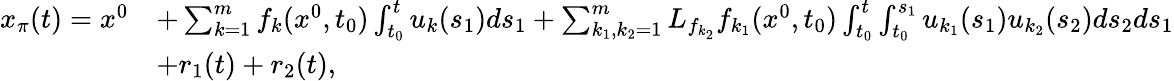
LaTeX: \begin{array}{rl}{x_{\pi}(t)=x^{0}}&{+\sum_{k=1}^{m}f_{k}(x^{0},t_{0})\int_{t_{0}}^{t}u_{k}(s_{1})ds_{1}+\sum_{k_{1},k_{2}=1}^{m}L_{f_{k_{2}}}f_{k_{1}}(x^{0},t_{0})\int_{t_{0}}^{t}\int_{t_{0}}^{s_{1}}u_{k_{1}}(s_{1})u_{k_{2}}(s_{2})ds_{2}ds_{1}}\\ &{+r_{1}(t)+r_{2}(t),}\end{array}